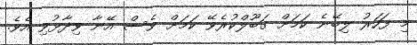
މި ފަހަރު ލިބޭނެ ކަމަށް ގަބޫލްކުރެވޭ ކަމަށް ވެސް އޭނާ ވިދާޅުވި އެވެ.